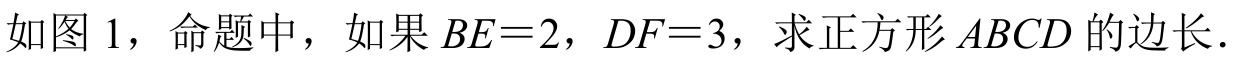
如图 1，命题中，如果$BE = 2$，$DF = 3$，求正方形$ABCD$的边长．